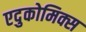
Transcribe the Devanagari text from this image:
एदुकोमिक्स